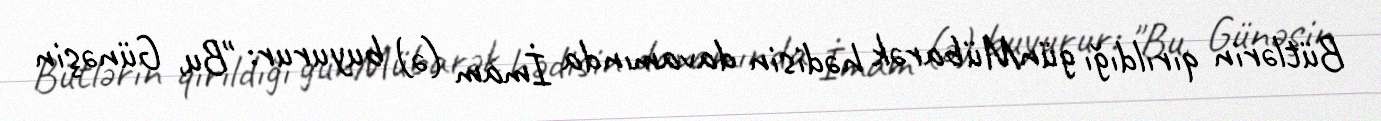
Bütlərin qırıldığı günMübarək hədisin davamında İmam (ə) buyurur: "Bu, Günəşin